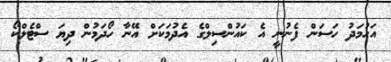
އަހުމަދު ހަސަން ފެނުނީ އެ ކައުންސިލްގެ އެދުމަކަށް އޭނާ ހޯދަމުން ދިޔަ ސްޓެލްކޯ